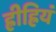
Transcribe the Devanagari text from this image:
ह्रीह्रियं